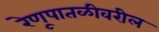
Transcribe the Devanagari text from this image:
रेणूपातळीवरील